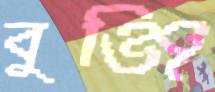
বুঞ্জি